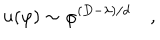
LaTeX: u ( \varphi ) \sim \varphi ^ { ( D - \lambda ) / d } \quad ,